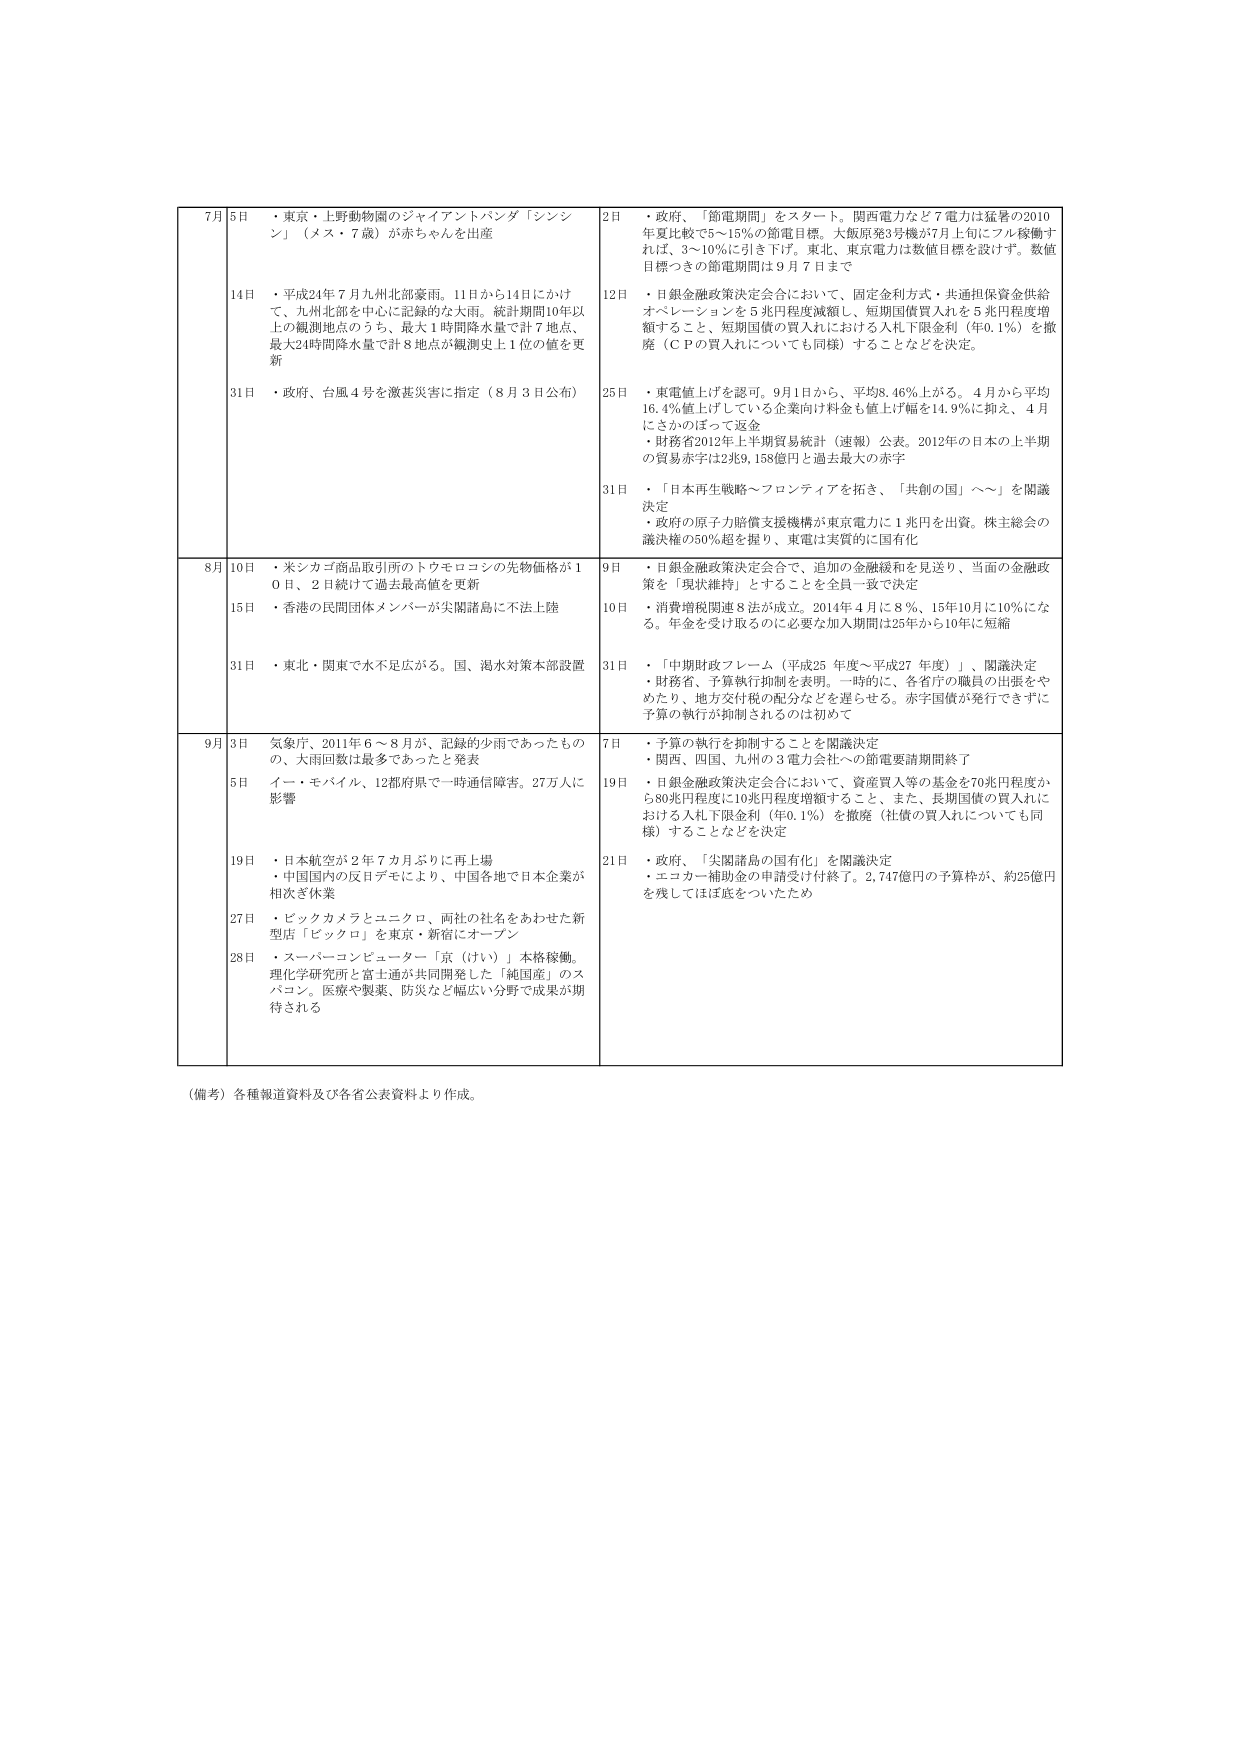
7月 5日 ・東京・上野動物園のジャイアントパンダ「シンシン」（メス・7歳）が赤ちゃんを出産
14日 ・平成24年7月九州北部豪雨。11日から14日にかけて、九州北部を中心に記録的な大雨。統計期間10年以上の観測地点のうち、最大1時間降水量で計7地点、最大24時間降水量で計8地点が観測史上1位の値を更新
31日 ・政府、台風4号を激甚災害に指定（8月3日公布）

8月 10日 ・米シカゴ商品取引所のトウモロコシの先物価格が10日、2日続けて過去最高値を更新
15日 ・香港の民間団体メンバーが尖閣諸島に不法上陸
31日 ・東北・関東で水不足広がる。国、渇水対策本部設置

9月 3日 気象庁、2011年6～8月が、記録的少雨であったものの、大雨回数は最多であったと発表
5日 イー・モバイル、12都府県で一時通信障害。27万人に影響
19日 ・日本航空が2年7カ月ぶりに再上場
・中国国内の反日デモにより、中国各地で日本企業が相次ぎ休業
27日 ・ビックカメラとユニクロ、両社の社名をあわせた新型店「ビックロ」を東京・新宿にオープン
28日 ・スーパーコンピューター「京（けい）」本格稼働。理化学研究所と富士通が共同開発した「純国産」のスーパーコン。医療や製薬、防災など幅広い分野で成果が期待される

2日 ・政府、「節電期間」をスタート。関西電力など7電力は猛暑の2010年夏比で5～15％の節電目標。大阪原発3号機が7月上旬にフル稼働すれば、3～10％に引き下げ。東北、東京電力は数値目標を設けず。数値目標つきの節電期間は9月7日まで
12日 ・日銀金融政策決定会合において、固定金利方式・共通担保資金供給オペレーションを5兆円程度減額し、短期国債買入れを5兆円程度増額すること、短期国債の買入れにおける入札下限金利（年0.1％）を撤廃（ＣＰの買入れについても同様）することなどを決定。
25日 ・東電値上げを認可。9月1日から、平均8.46％上がる。4月から平均16.4％値上げしている企業向け料金も値上げ幅は14.9％に抑え、4月にさかのぼって返金
・財務省2012年上半年貿易統計（速報）公表。2012年の日本の上半期の貿易赤字は2兆9,158億円と過去最大の赤字
31日 ・「日本再生戦略～フロンティアを拓き、「共創の国」へ～」を閣議決定
・政府の原子力賠償支援機構が東京電力に1兆円を出資。株主総会の議決権の50％超を握り、東電は実質的に国有化

9日 ・日銀金融政策決定会合で、追加の金融緩和を見送り、当面の金融政策を「現状維持」とすることを全員一致で決定
10日 ・消費増税関連8法が成立。2014年4月に8％、15年10月に10％になる。年金を受け取るのに必要な加入期間は25年から10年に短縮
31日 ・「中期財政フレーム（平成25年度～平成27年度）」、閣議決定
・財務省、予算執行抑制を表明。一時的に、各省庁の職員の出張をやめたり、地方交付税の配分などを遅らせる。赤字国債が発行できずに予算の執行が抑制されるのは初めて

7日 ・予算の執行を抑制することを閣議決定
・関西、四国、九州の3電力会社への節電要請期間終了
19日 ・日銀金融政策決定会合において、資産買入等の基金を70兆円程度から80兆円程度に10兆円程度増額すること、また、長期国債の買入れにおける入札下限金利（年0.1％）を撤廃（社債の買入れについても同様）することなどを決定
21日 ・政府、「尖閣諸島の国有化」を閣議決定
・エコカー補助金の申請受付終了。2,747億円の予算枠が、約25億円を残してほぼ底をついたため

（備考）各種報道資料及び各省公表資料より作成。